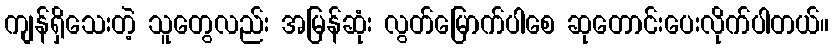
ကျန်ရှိသေးတဲ့ သူတွေလည်း အမြန်ဆုံး လွတ်မြောက်ပါစေ ဆုတောင်းပေးလိုက်ပါတယ်။